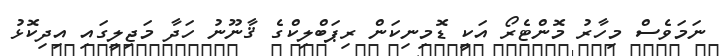
ނަމަވެސް މިހާރު މޮންޓެރޯ އަކީ ޑޮމިނިކަން ރިޕަބްލިކްގެ ޤާނޫނު ހަދާ މަޖިލީގަައި އިދިކޮޅު